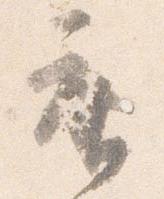
座